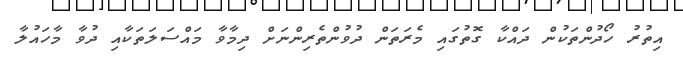
އިތުރު ހޯދުންތަކުން ދައްކާ ގޮތުގައި މެރަތަން ދުވުންތެރިންނަށް ދިމާވާ މައްސަލަތަކާއި ދުވާ މާހައުލާ